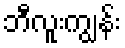
ဘီလူးကျွန်း